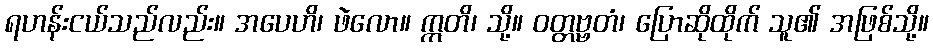
ရဟန်းငယ်သည်လည်း။ အပေဟိ၊ ဖဲလော။ ဣတိ၊ သို့။ ဝတ္တဗ္ဗတံ၊ ပြောဆိုထိုက် သူ၏ အဖြစ်သို့။